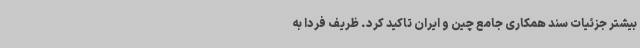
بیشتر جزئیات سند همکاری جامع چین و ایران تاکید کرد. ظریف فردا به